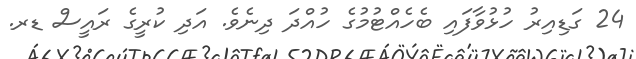
24 ގަޑިއިރު ހުޅުވާފައި ބެހެއްޓުމުގެ ހުއްދަ ދިނެވެ. އަދި ކުރީގެ ރައީސް ޑރ.